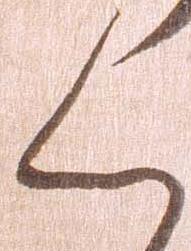
く